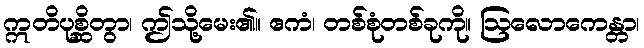
ဣတိပုစ္ဆိတွာ၊ ဤသို့မေး၏။ ဧကံ၊ တစ်စုံတစ်ခုကို။ ဩလောကေန္တာ၊